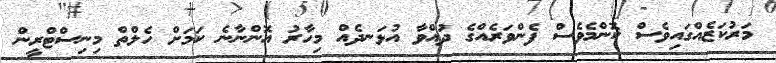
މަރުކަޒެއްގައިވެސް ކޮންމެވެސް ފެންވަރެއްގެ ދުއްވާ އުޅަނދެއް މިހާރު އޮންނާނެ ކަމަށް ހެލްތް މިނިސްޓްރީން